Madras plague regulations in force outside the Presidency town - Volume 2
Disease focus: Plague
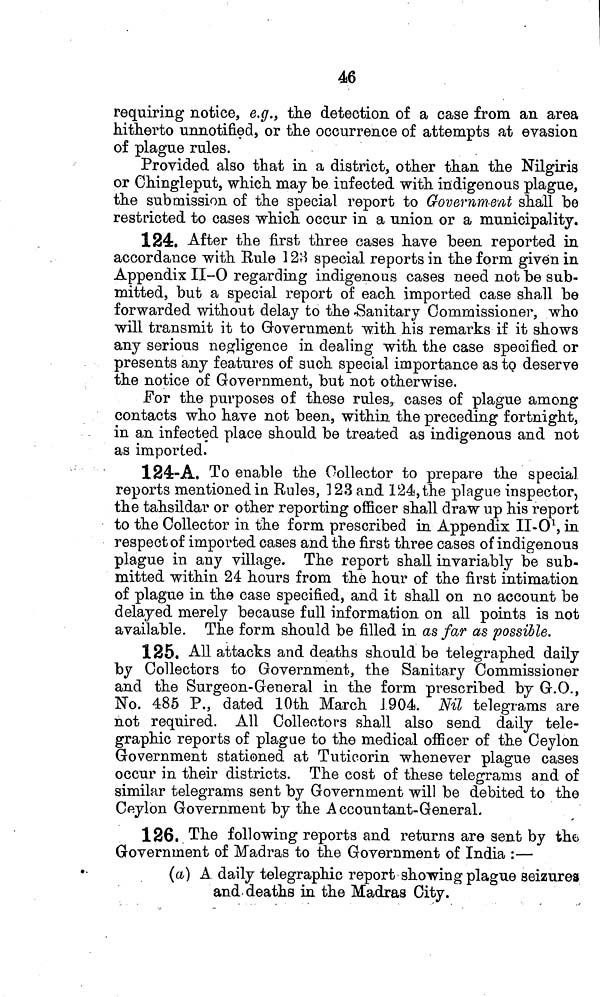
46
requiring notice, e.g., the detection of a case from an area
hitherto unnotified, or the occurrence of attempts at evasion
of plague rules.
Provided also that in a district, other than the Nilgiris
or Chingleput, which may be infected with indigenous plague,
the submission of the special report to Government shall be
restricted to cases which occur in a union or a municipality.
124. After the first three cases have been reported in
accordance with Rule 128 special reports in the form given in
Appendix II-O regarding indigenous cases need not be sub-
mitted, but a special report of each imported case shall be
forwarded without delay to the -Sanitary Commissioner, who
will transmit it to Government with his remarks if it shows
any serious negligence in dealing with the case specified or
presents any features of such special importance as to deserve
the notice of Government, but not otherwise.
For the purposes of these rules, cases of plague among
contacts who have not been, within the preceding fortnight,
in an infected place should be treated as indigenous and not
as imported.
124:-A. To enable the Collector to prepare the special
reports mentioned in Rules, 123 and 124, the plague inspector,
the tahsildar or other reporting officer shall draw up his report
to the Collector in the form prescribed in Appendix II-O 1 , in
respect of imported cases and the first three cases of indigenous
plague in any village. The report shall invariably be sub-
mitted within 24 hours from the hour of the first intimation
of plague in the case specified, and it shall on no account be
delayed merely because full information on all points is not
available. The form should be filled in as far as possible.
125. All attacks and deaths should be telegraphed daily
by Collectors to Government, the Sanitary Commissioner
and the Surgeon-General in the form prescribed by G.O.,
No. 485 P., dated 10th March 1904. Nil telegrams are
not required. All Collectors shall also send daily tele-
graphic reports of plague to the medical officer of the Ceylon
Government stationed at Tuticorin whenever plague cases
occur in their districts. The cost of these telegrams and of
similar telegrams sent by Government will be debited to the
Ceylon Government by the Accountant-Général.
126. The following reports and returns are sent by the
Government of Madras to the Government of India :—
(a) A. daily telegraphic report showing plague seizures
and deaths in the Madras City.